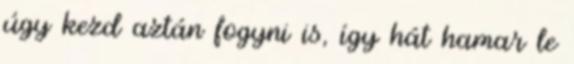
úgy kezd aztán fogyni is, így hát hamar le